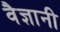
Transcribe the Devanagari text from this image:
वैज्ञानी